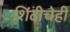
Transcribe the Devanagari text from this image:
शिंदीचेही